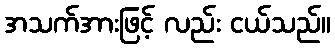
အသက်အားဖြင့် လည်း ငယ်သည်။